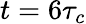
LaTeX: t=6\tau_{c}